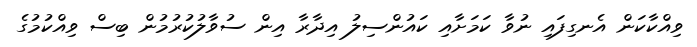
ވިއްކާކަން އެނގިފައި ނުވާ ކަމަށާއި ކައުންސިލު އިދާރާ އިން ސުވާލުކުރުމުން ބިސް ވިއްކުމުގެ